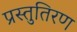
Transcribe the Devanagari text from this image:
प्रस्तुतिरण